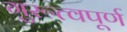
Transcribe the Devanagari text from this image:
गुरूत्वपूर्ण